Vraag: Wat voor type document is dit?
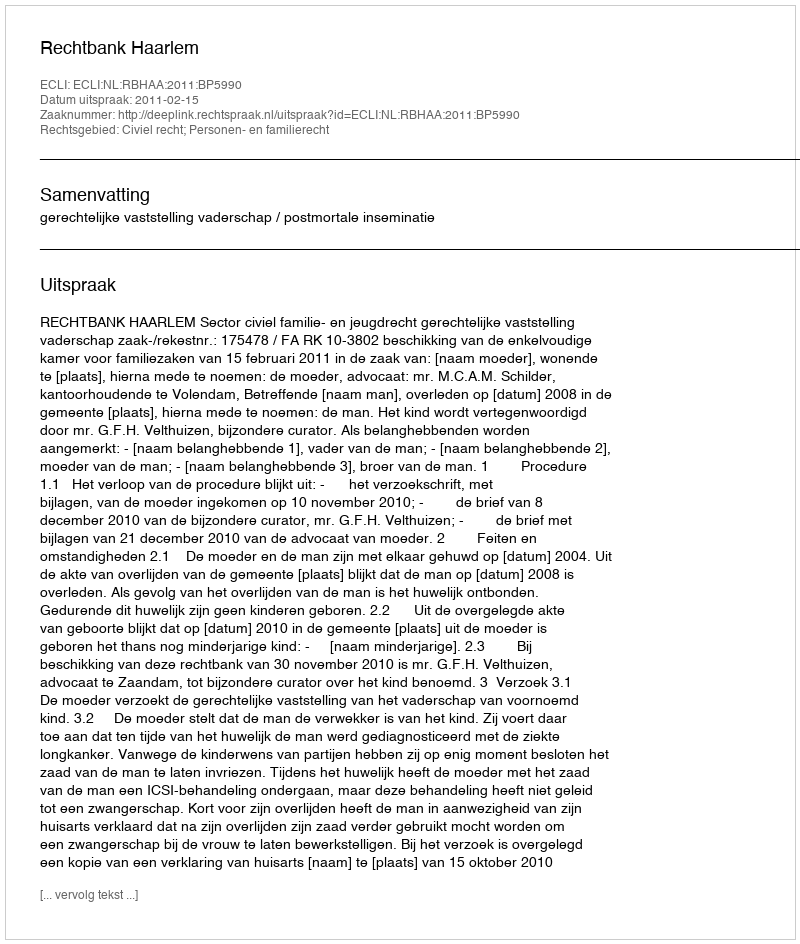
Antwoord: Uitspraak